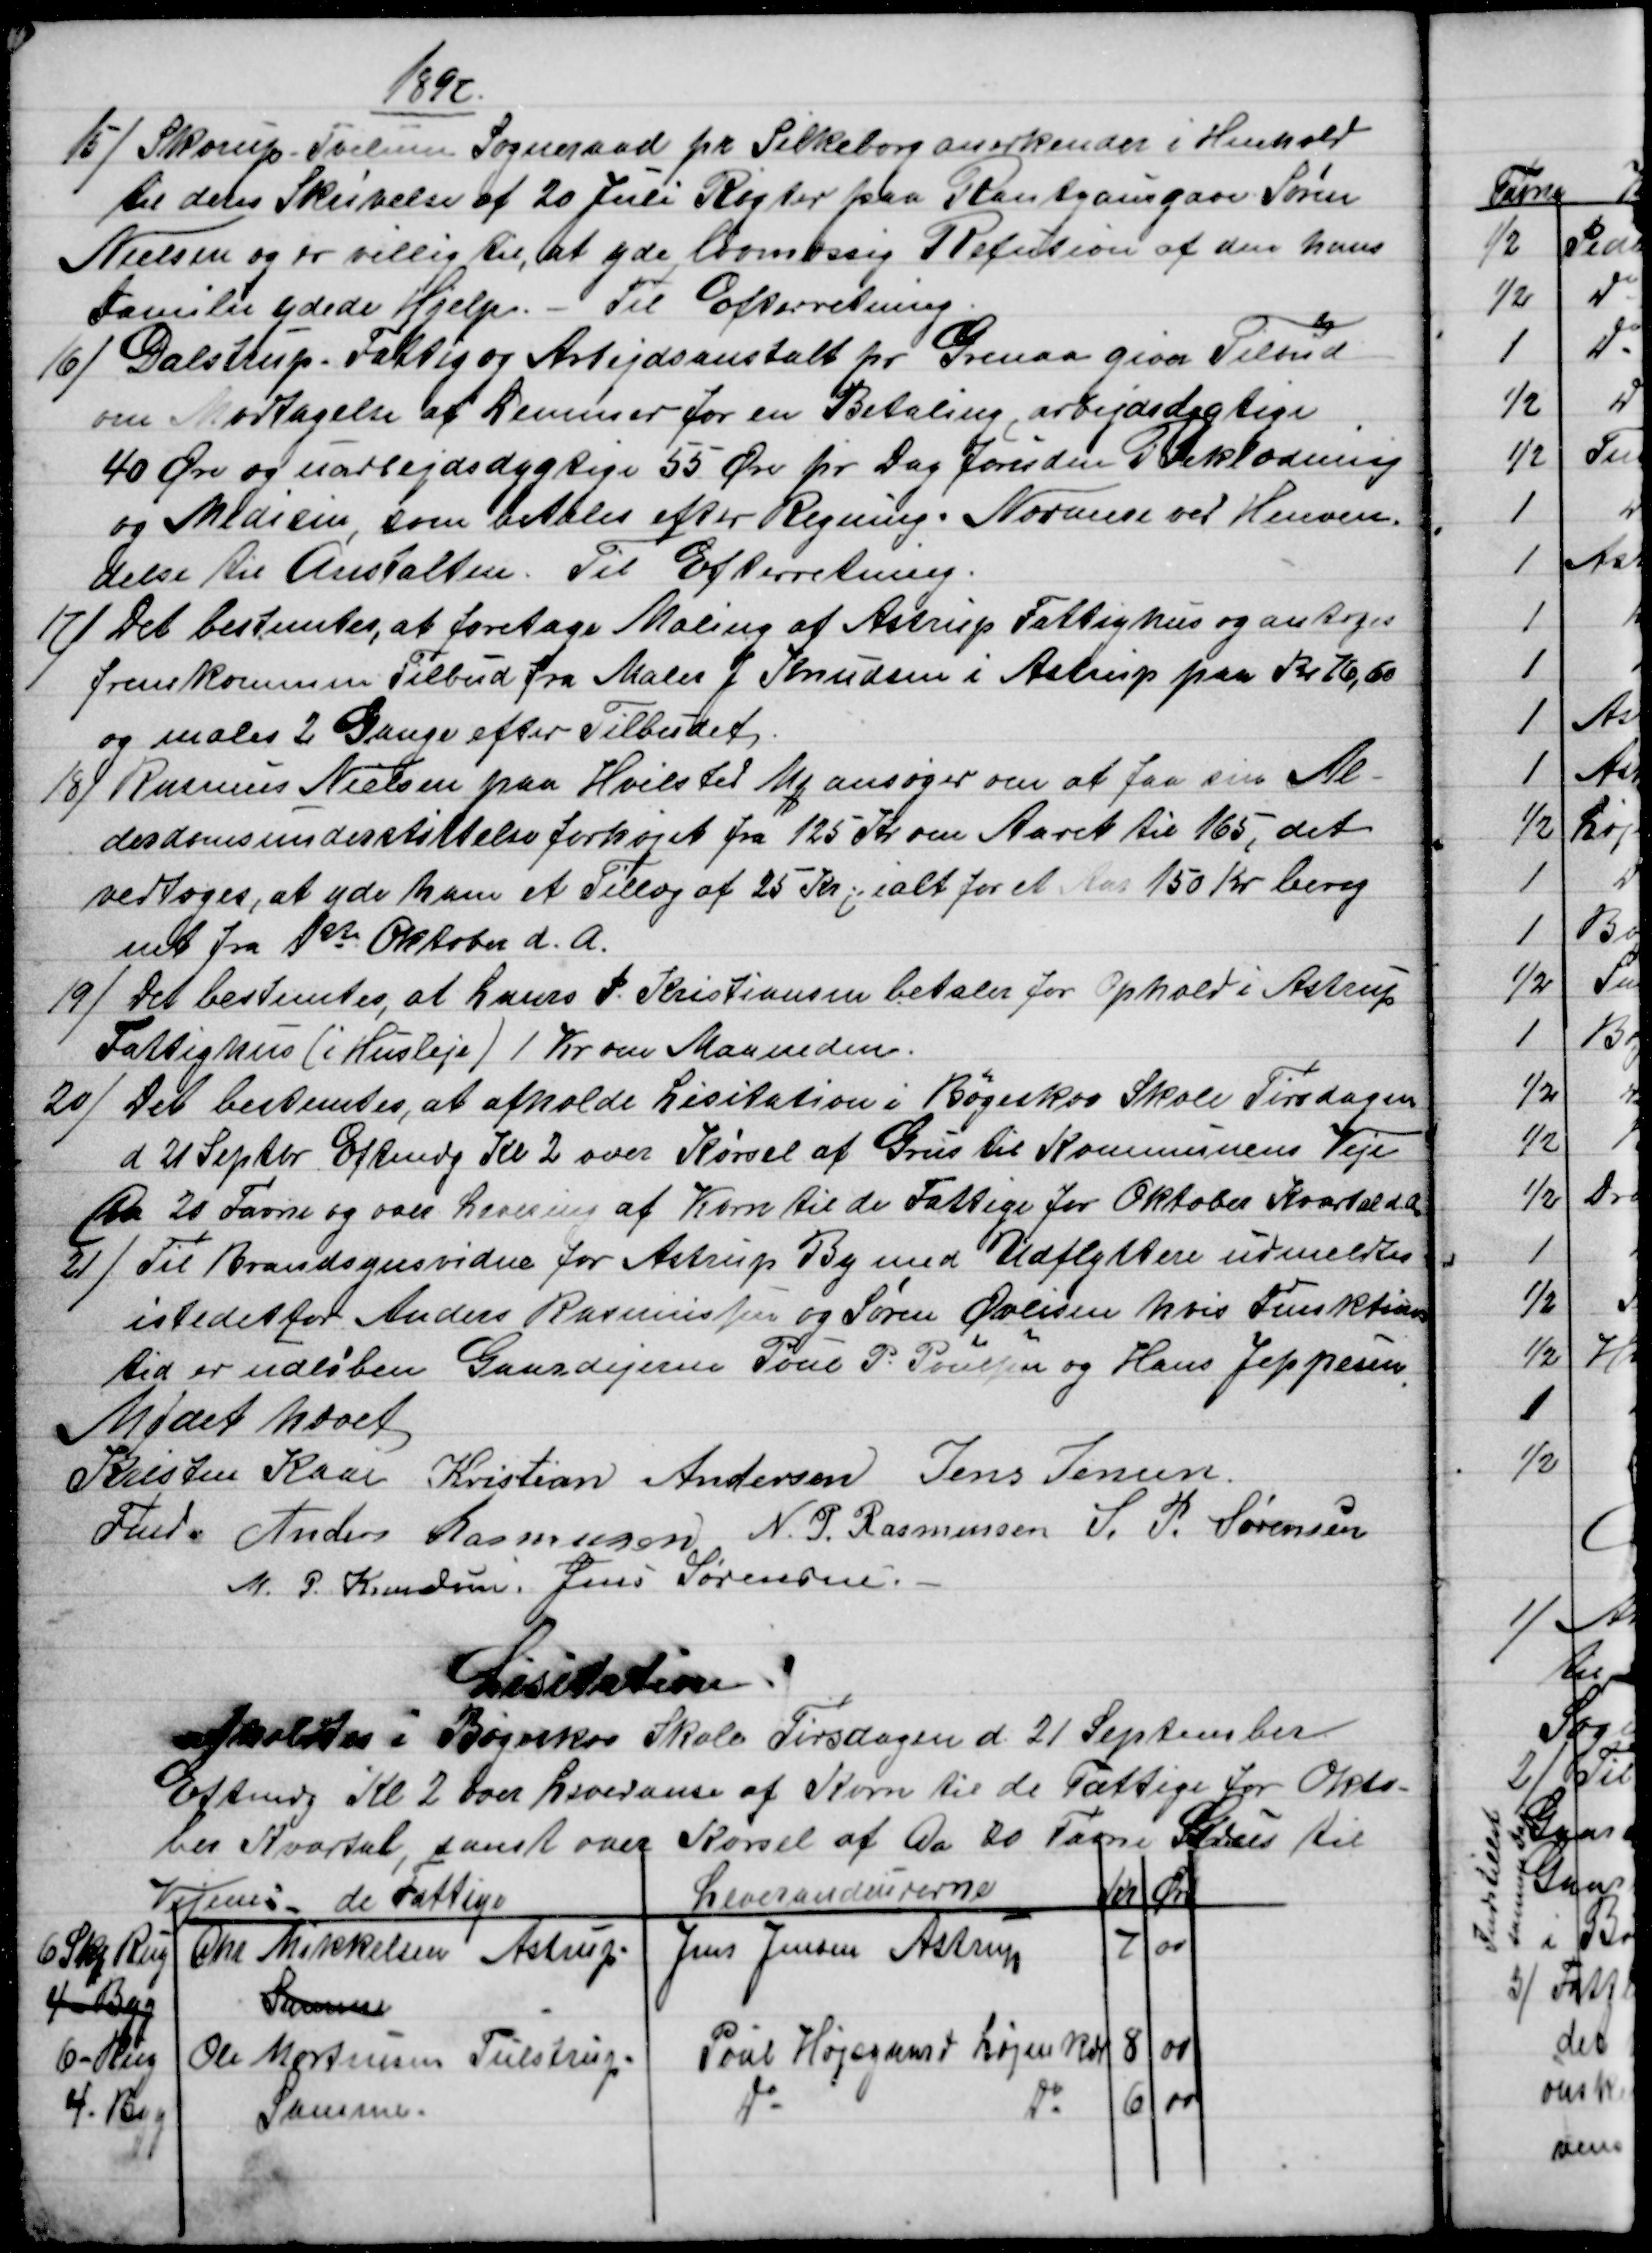
Transskription:
1897.
15) 
Skorup-Tvilum Sogneraad pr Silkeborg anerkender i Henhold
til deres Skrivelse af 20 Juli Røgter paa Rantzausgave Søren
Nielsen og er villig til, at yde lovmæssig Refution af den hans
Familie ydede Hjelp. - Til Efterretning.
16) 
Dalstrup - Fattig og Arbejdsanstalt pr Grenaa giver Tilbud
om Modtagelse af Lemmer for en Betaling, arbejdsdygtige
40 Øre og uarbejdsdygtige 55 Øre pr Dag foruden Beklædning
og Medicin, som betales efter Regning. Nærmere ved Henven-
delse til Anstalten. Til Efterretning.
17) 
Det bestemtes, at foretage Maling af Astrup Fattighus og antoges
fremkommen Tilbud fra Maler J Knudsen i Astrup paa Kr 16,50
og males 2 Gange efter Tilbudet.
18) 
Rasmus Nielsen paa Hvilsted Mk ansøger om at faa sin Al-
derdomsunderstøttelse forhøjet fra 125 Kr om Aaret til 165, det
vedtoges, at yde ham et Tillæg af 25 Kr; ialt for et Aar 150 Kr bereg
net fra 1ste Oktober d. A.
19) 
Det bestemtes, at Laurs P. Kristiansen betaler for Ophold i Astrup
Fattighus (i Husleje) 1 Kr om Maaneden.
20)
Det bestemtes, at afholde Lisitation i Bøgeskov Skole Tirsdagen
d 21 Septbr Eftmdg Kl 2 over Kørsel af Grus til Kommunens Veje
Da 20 Favne og over Levering af Korn til de Fattige for Oktober Kvartal d.A.
21)
Til Brandsynsvidne for Astrup By med Udflyttere udmeldtes
istedet for Anders Rasmussen og Søren Øvlisen hvis Funktions
tid er udløben Gaardejerne Poul P. Poulsen og Hans Jeppesen.
Mødet hævet
Kristen Kaae 
Fmd.
Kristian Andersen Jens Jensen.
Anders Rasmussen N. P. Rasmussen S. P. Sørensen
M. P. Knudsen. Jens Sørensen.
Lisitation.
afholdtes i Bøgeskov Skole Tirsdagen d. 21 September
Eftmdg Kl 2 over Leveranse af Korn til de fattige for Okto-
ber Kvartal, samt over Kørsel af Da 20 Favne Grus til
Vejene: - de Fattige
Leverandeurerne
Kr
Øre
6 Skp Rug
Chr. Mikkelsen, Astrup.
Jens Jensen Astrup
7
00
4 - Byg
Samme
6 - Rug
Ole Mortensen Tulstrup
Poul Højsgaard Løjenkær
8
00
4 - Byg
Samme.
do
do
6
00